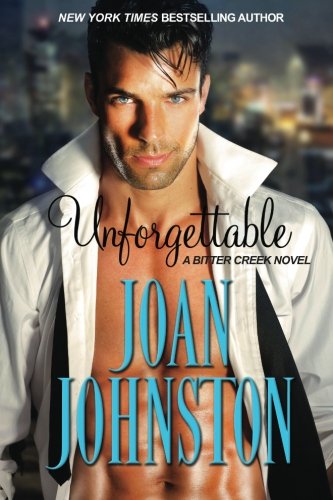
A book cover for Unforgettable (Benedict Brothers) (Volume 2); Joan Johnston; Romance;